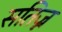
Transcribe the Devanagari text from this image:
सतिज्न